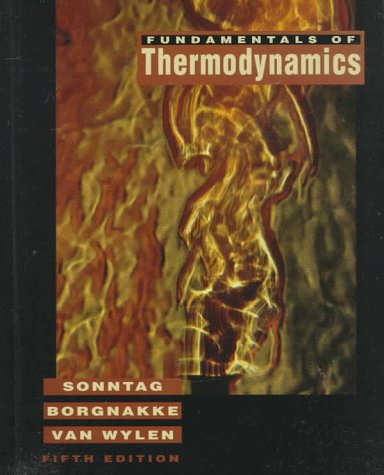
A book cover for Fundamentals of Thermodynamics; Richard E. Sonntag; Science & Math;